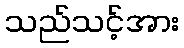
သည်သင့်အား